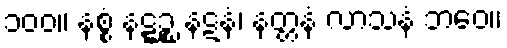
၁၀၀။ နစ္စံ နဋ္ဋဉ္စ နဋနံ၊ နတ္တနံ လာသနံ ဘဝေ။